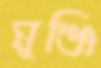
মুঞ্জি